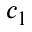
c _ { 1 }